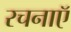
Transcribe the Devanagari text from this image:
रचनाऍ